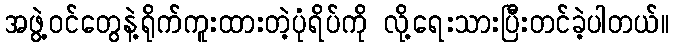
အဖွဲ့ဝင်တွေနဲ့ရိုက်ကူးထားတဲ့ပုံရိပ်ကို လို့ရေးသားပြီးတင်ခဲ့ပါတယ်။